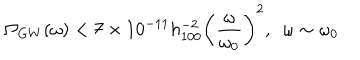
\Omega _ { G W } ( \omega ) < 7 \times 1 0 ^ { - 1 1 } h _ { 1 0 0 } ^ { - 2 } \left( \frac { \omega } { \omega _ { 0 } } \right) ^ { 2 } , ~ ~ \omega \sim \omega _ { 0 }